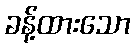
ခန့်ထားသော